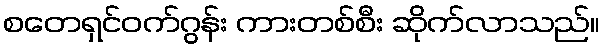
စတေရှင်ဝက်ဂွန်း ကားတစ်စီး ဆိုက်လာသည်။